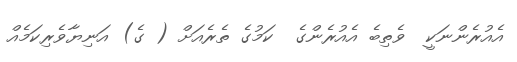
އެއުރެންނަކީ  ވެތިބެ އެއުރެންގެ  ކަމުގެ ތެރެއަށް ( ގެ) އަނިޔާވެރިކަމެއް